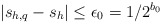
\begin{align*} |s_{h,q}-s_h|\le\epsilon_0=1/2^{b_0} \end{align*}